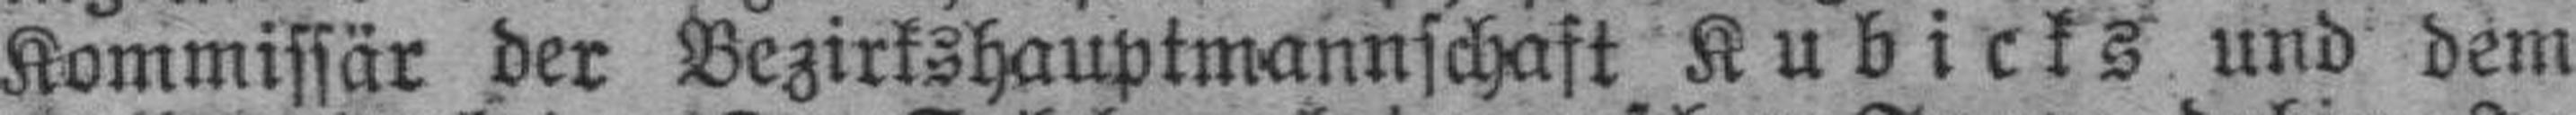
Kommissär der Bezirkshauptmannschaft Kubicks und dem